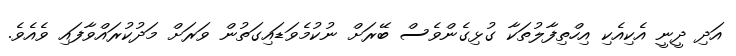
އަދި ދީނީ އެކިއެކި އިހްތިފާލުތަކާ ގުޅިގެންވެސް ބޭރަށް ނުކުމެވަޑައިގަތުން ވަރަށް މަދުކުރައްވާފައި ވެއެވެ.